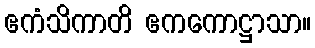
ဧကံသိကာတိ ဧကကောဋ္ဌာသာ။